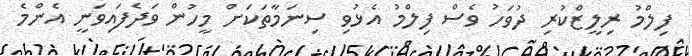
ފިލްމު ރިލީޒްކުރި ދުވަހު ވެސް ފިލްމު އެޅުވި ސިނަމާތަކަށް މީހުން ވަދެފައިވަނީ އެންމެ